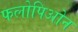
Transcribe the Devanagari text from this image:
फलोपिओन